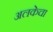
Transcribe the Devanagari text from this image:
अलकेचा